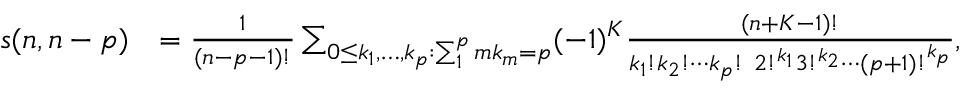
{ \begin{array} { r l } { s ( n , n - p ) } & { = { \frac { 1 } { ( n - p - 1 ) ! } } \sum _ { 0 \leq k _ { 1 } , \ldots , k _ { p } : \sum _ { 1 } ^ { p } m k _ { m } = p } ( - 1 ) ^ { K } { \frac { ( n + K - 1 ) ! } { k _ { 1 } ! k _ { 2 } ! \cdots k _ { p } ! ~ 2 ! ^ { k _ { 1 } } 3 ! ^ { k _ { 2 } } \cdots ( p + 1 ) ! ^ { k _ { p } } } } , } \end{array} }